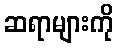
ဆရာများကို